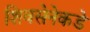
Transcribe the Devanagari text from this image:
शिवसेनेकडे